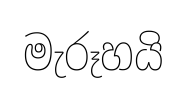
මැරූහයි